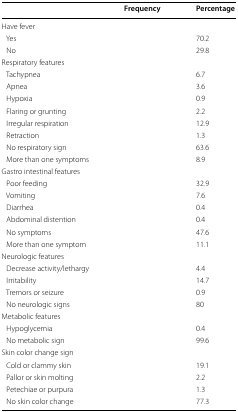
<table><thead><tr><td>[EMPTY_CELL]</td><td><b>Frequency</b></td><td><b>Percentage</b></td></tr></thead><tbody><tr><td colspan="3">Have fever</td></tr><tr><td> Yes</td><td>[EMPTY_CELL]</td><td>70.2</td></tr><tr><td> No</td><td>[EMPTY_CELL]</td><td>29.8</td></tr><tr><td colspan="3">Respiratory features</td></tr><tr><td> Tachypnea</td><td>[EMPTY_CELL]</td><td>6.7</td></tr><tr><td> Apnea</td><td>[EMPTY_CELL]</td><td>3.6</td></tr><tr><td> Hypoxia</td><td>[EMPTY_CELL]</td><td>0.9</td></tr><tr><td> Flaring or grunting</td><td>[EMPTY_CELL]</td><td>2.2</td></tr><tr><td> Irregular respiration</td><td>[EMPTY_CELL]</td><td>12.9</td></tr><tr><td> Retraction</td><td>[EMPTY_CELL]</td><td>1.3</td></tr><tr><td> No respiratory sign</td><td>[EMPTY_CELL]</td><td>63.6</td></tr><tr><td> More than one symptoms</td><td>[EMPTY_CELL]</td><td>8.9</td></tr><tr><td colspan="3">Gastro intestinal features</td></tr><tr><td> Poor feeding</td><td>[EMPTY_CELL]</td><td>32.9</td></tr><tr><td> Vomiting</td><td>[EMPTY_CELL]</td><td>7.6</td></tr><tr><td> Diarrhea</td><td>[EMPTY_CELL]</td><td>0.4</td></tr><tr><td> Abdominal distention</td><td>[EMPTY_CELL]</td><td>0.4</td></tr><tr><td> No symptoms</td><td>[EMPTY_CELL]</td><td>47.6</td></tr><tr><td> More than one symptom</td><td>[EMPTY_CELL]</td><td>11.1</td></tr><tr><td colspan="3">Neurologic features</td></tr><tr><td> Decrease activity/lethargy</td><td>[EMPTY_CELL]</td><td>4.4</td></tr><tr><td> Irritability</td><td>[EMPTY_CELL]</td><td>14.7</td></tr><tr><td> Tremors or seizure</td><td>[EMPTY_CELL]</td><td>0.9</td></tr><tr><td> No neurologic signs</td><td>[EMPTY_CELL]</td><td>80</td></tr><tr><td colspan="3">Metabolic features</td></tr><tr><td> Hypoglycemia</td><td>[EMPTY_CELL]</td><td>0.4</td></tr><tr><td> No metabolic sign</td><td>[EMPTY_CELL]</td><td>99.6</td></tr><tr><td colspan="3">Skin color change sign</td></tr><tr><td> Cold or clammy skin</td><td>[EMPTY_CELL]</td><td>19.1</td></tr><tr><td> Pallor or skin molting</td><td>[EMPTY_CELL]</td><td>2.2</td></tr><tr><td> Petechiae or purpura</td><td>[EMPTY_CELL]</td><td>1.3</td></tr><tr><td> No skin color change</td><td>[EMPTY_CELL]</td><td>77.3</td></tr></tbody></table>